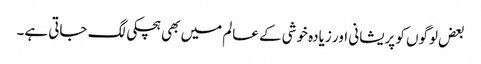
بعض لوگوں کو پریشانی اور زیادہ خوشی کے عالم میں بھی ہچکی لگ جاتی ہے۔